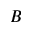
B